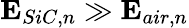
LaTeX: \mathbf{E}_{SiC,n}\gg\mathbf{E}_{air,n}